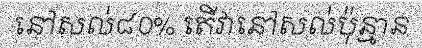
នៅសល់៨០% តើវានៅសល់ប៉ុន្មាន